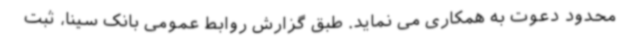
محدود دعوت به همکاری می نماید. طبق گزارش روابط عمومی بانک سینا، ثبت